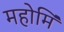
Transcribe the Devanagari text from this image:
महोर्मि